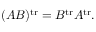
( A B ) ^ { \operatorname { t r } } = B ^ { \operatorname { t r } } A ^ { \operatorname { t r } } .